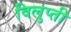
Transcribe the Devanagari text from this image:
विलुप्ती